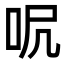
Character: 𠰾